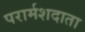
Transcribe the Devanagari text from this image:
परार्मशदाता